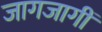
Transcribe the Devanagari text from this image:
जागजागीं